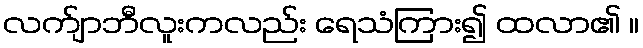
လက်ျာဘီလူးကလည်း ရေသံကြား၍ ထလာ၏ ။